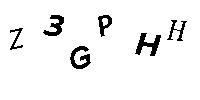
Z3GPHH